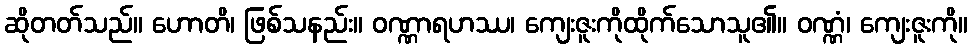
ဆိုတတ်သည်။ ဟောတိ၊ ဖြစ်သနည်း။ ဝဏ္ဏာရဟဿ၊ ကျေးဇူးကိုထိုက်သောသူ၏။ ဝဏ္ဏံ၊ ကျေးဇူးကို။